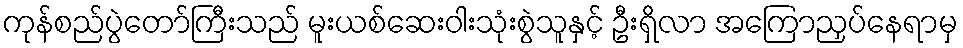
ကုန်စည်ပွဲတော်ကြီးသည် မူးယစ်ဆေးဝါးသုံးစွဲသူနှင့် ဦးရှိလာ အကြောညှပ်နေရာမှ